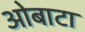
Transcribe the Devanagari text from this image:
ओबाटा